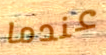
عندما